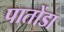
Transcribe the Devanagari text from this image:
पातोंडा